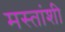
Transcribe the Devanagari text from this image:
मस्तांशी